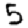
Digit: 5